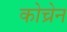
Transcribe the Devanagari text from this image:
कोच्रेन